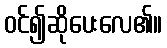
ဝင်၍ဆိုပေးလေ၏။